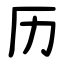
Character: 历